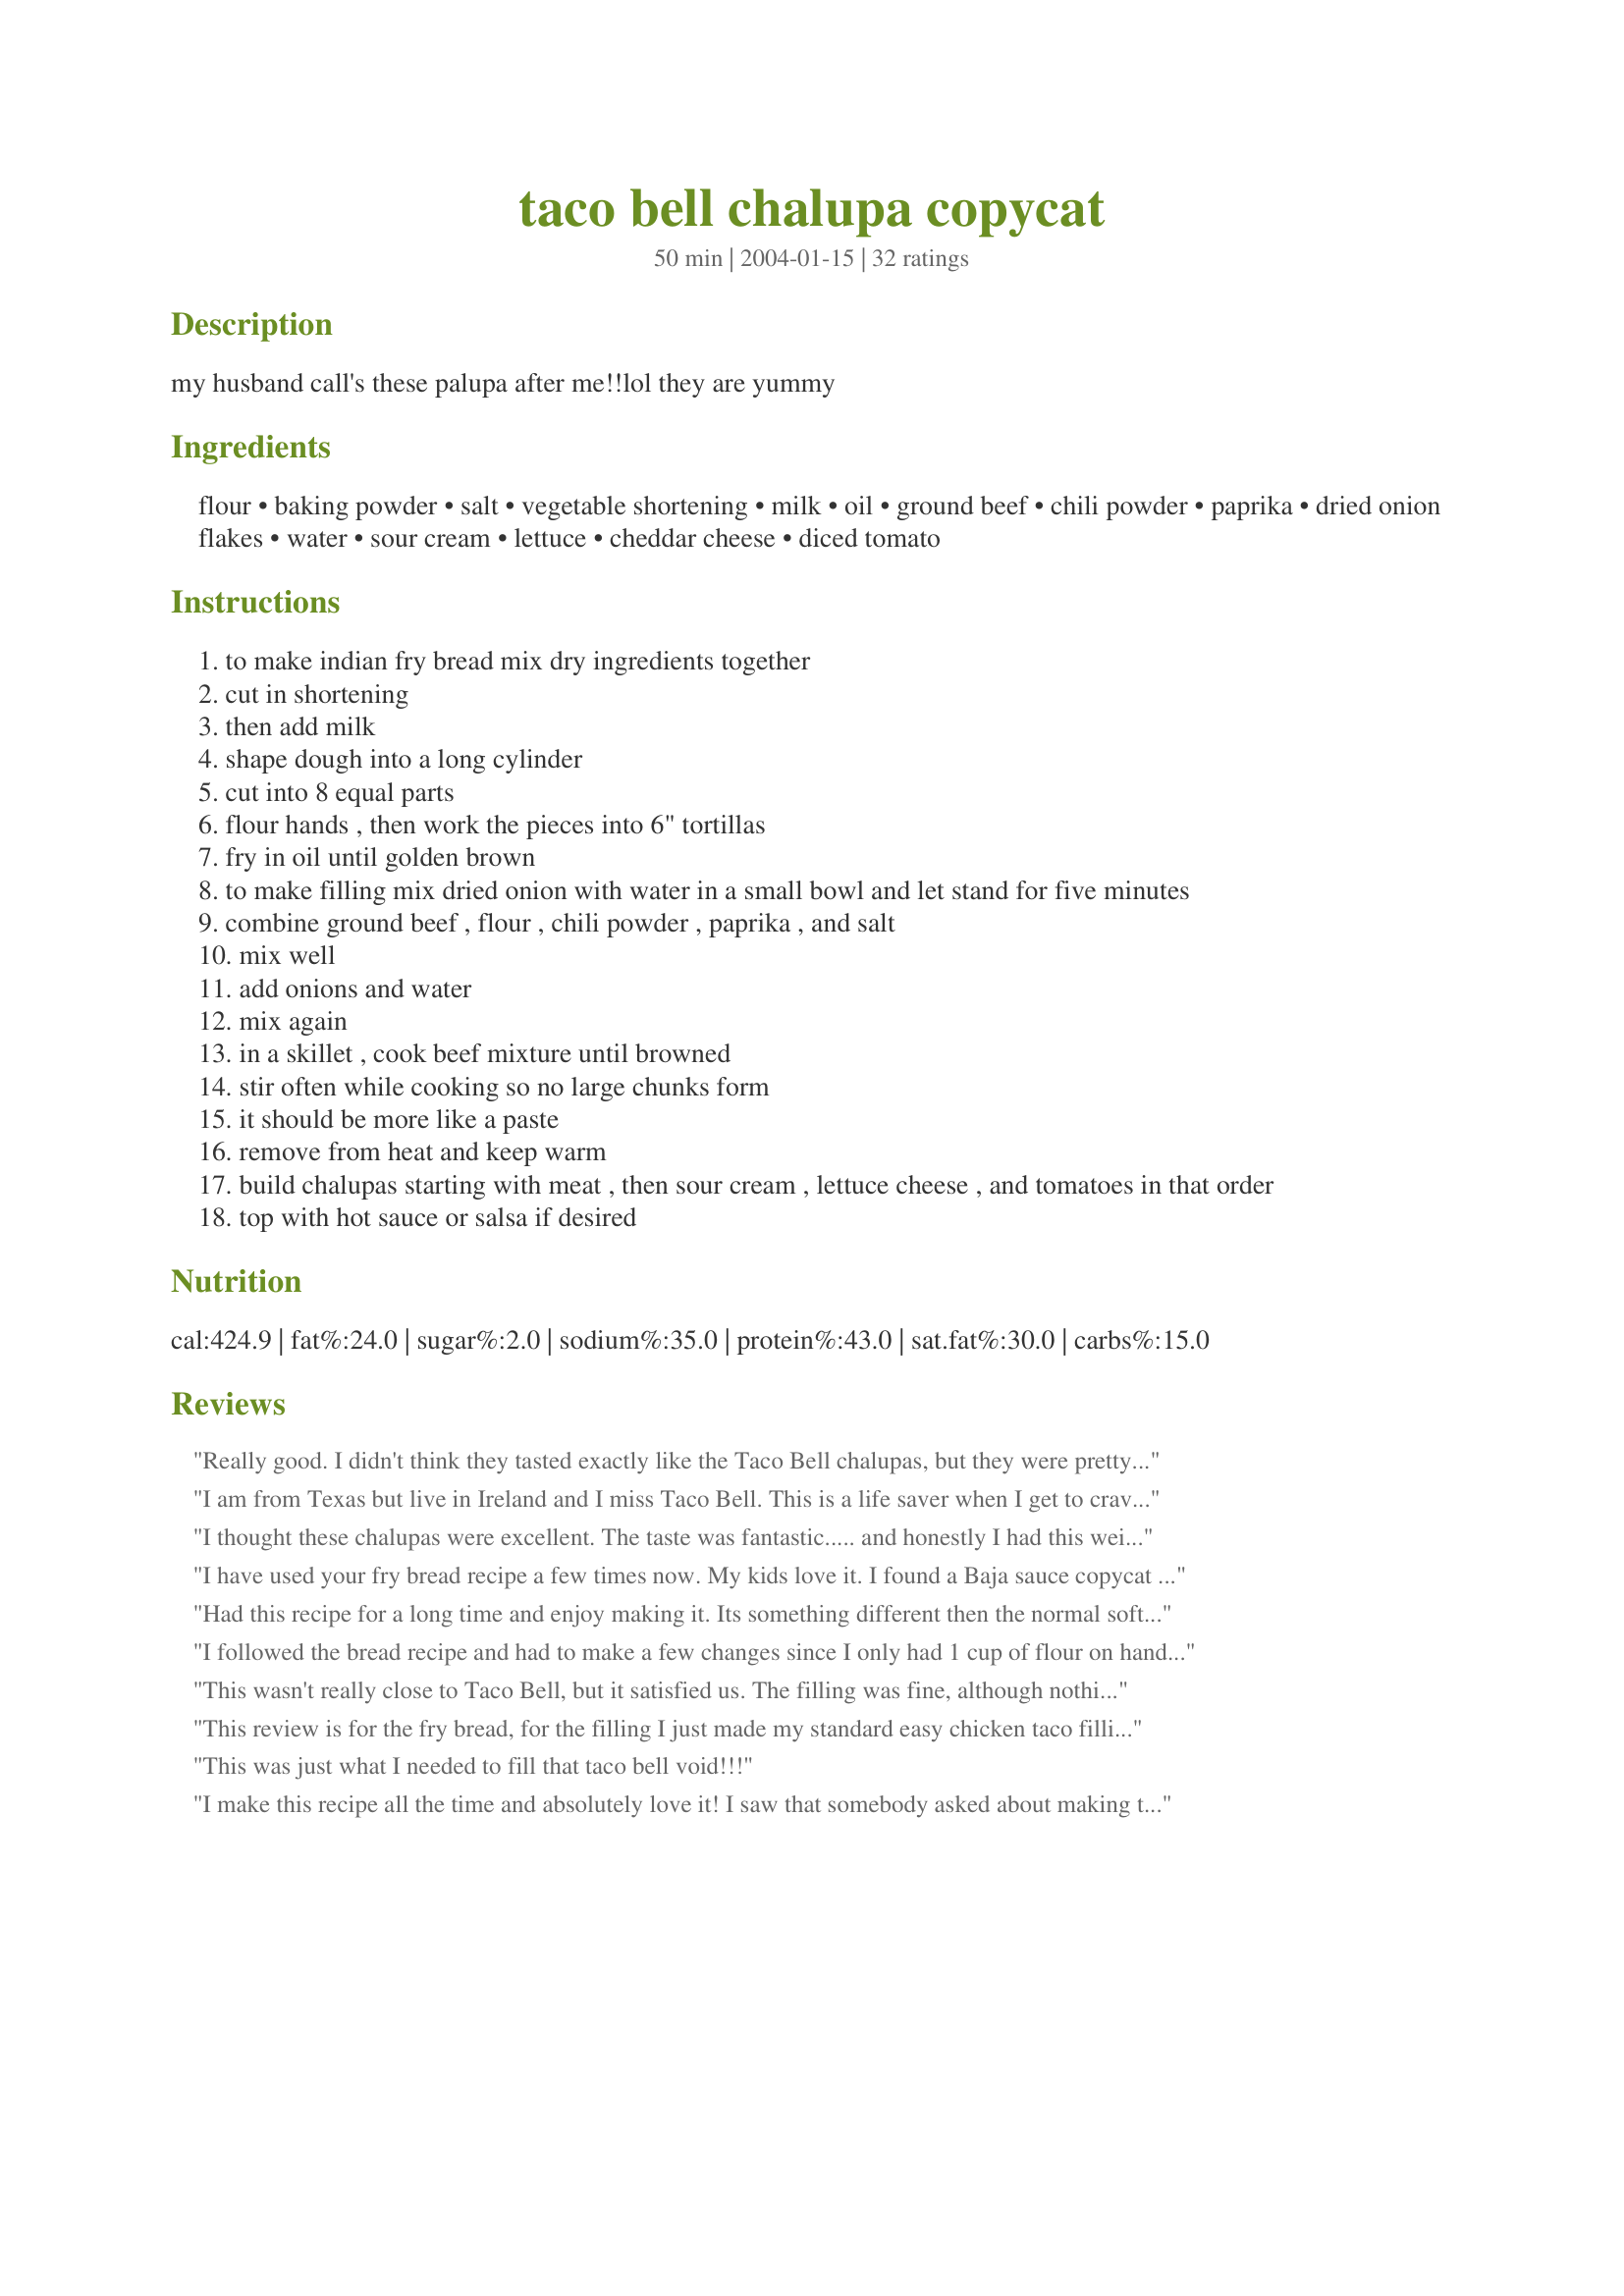
taco bell chalupa copycat
Preparation time: 50 minutes

my husband call's these palupa after me!!lol they are yummy

Ingredients:
flour, baking powder, salt, vegetable shortening, milk, oil, ground beef, chili powder, paprika, dried onion flakes, water, sour cream, lettuce, cheddar cheese, diced tomato

Steps:
to make indian fry bread mix dry ingredients together
cut in shortening
then add milk
shape dough into a long cylinder
cut into 8 equal parts
flour hands , then work the pieces into 6" tortillas
fry in oil until golden brown
to make filling mix dried onion with water in a small bowl and let stand for five minutes
combine ground beef , flour , chili powder , paprika , and salt
mix well
add onions and water
mix again
in a skillet , cook beef mixture until browned
stir often while cooking so no large chunks form
it should be more like a paste
remove from heat and keep warm
build chalupas starting with meat , then sour cream , lettuce cheese , and tomatoes in that order
top with hot sauce or salsa if desired

Reviews:
Really good. I didn't think they tasted exactly like the Taco Bell chalupas, but they were pretty fantastic. I used chicken instead - simply broiling some seasoned chicken tenders and omitting all of the beef mixture ingredients. This recipe must be combined with the Baja sauce!!! Pretty fantastic!
I am from Texas but live in Ireland and I miss Taco Bell. This is a life saver when I get to craving Taco Bell. This worked out so well and the flavors were so wonderful. My husband liked it and we even made the bread part to go with another dish. AWESOME!!
I thought these chalupas were excellent. The taste was fantastic..... and honestly I had this weird urge to make them into a sweet treat, and I hope to do that soon. They reminded me of almost a home fried short-cut doughnut. One thing that I found that was helpful for us to make them into the chalupa shape was to go ahead and sort of mold them that way, then use two utensils (we used two long spoons we had) to hold them apart just enough for the toppings.... that way we didn't wind up with tortilla that was just barely bent! Thanks for the wonderful recipe!
I have used your fry bread recipe a few times now. My kids love it. I found a Baja sauce copycat recipe on here that goes great with it.
Had this recipe for a long time and enjoy making it. Its something different then the normal soft/hard taco shells. Not quite like Taco Bell, but nice for something different.
I followed the bread recipe and had to make a few changes since I only had 1 cup of flour on hand, but they were still great! I think Taco Bell's are a bit more floury and light but it could be their frying method. I used a tong to place one side of the bread in the oil to create the well in the middle and then flipped, again all about techinique. I'm convinced that a chalupa is a glorified funnel cake because I put powdered sugar on it as a dessert and it tasted just the same:)
This wasn't really close to Taco Bell, but it satisfied us. The filling was fine, although nothing special, but it's easy to season to your own tastes. We had difficulty frying the shells into the pocket shape, but we should get better with practice. The shells had a great texture (fried for about 3 minutes on 375 degrees) and satisfying taste. We'll do this again!
This review is for the fry bread, for the filling I just made my standard easy chicken taco filling (includes cumin, garlic, taco seasoning, a little cream cheese, and lime juice).

The bread can be made easily in a bowl with a fork, no heavy duty mixing required. I cut the bread into six pieces instead of eight and rolled it out super thin on a silicone mat. It will shrink and puff in the pan.

I didn&#039;t like how the first piece tasted saturated with oil so I poured the oil out and then lightly brushed the pan with a silicone brush dipped in oil (paper towel would work too). I cooked each side about 90-120 seconds on medium heat, just keep an eye on it. The bread puffed up beautifully and tasted more like a Taco Bell gordita. The end result was amazing!

I saved the leftovers in the fridge and the bread tasted just as good reheated in the microwave the next day, it was still soft, fluffy, and pliable.
This was just what I needed to fill that taco bell void!!!
I make this recipe all the time and absolutely love it! I saw that somebody asked about making the shells a good shape--I always roll out the dough, and then put a small round container on it (i.e. a cool whip container), then trace around it with a knife. Works like a charm! Excellent recipe.
EXCELLENT! The shell tasted exactly like taco bell's chalupa. It was just what I was craving. I had to alter the recipe b/c I only had 2 cups of all purpose flour. So I used 3/4 Tablespoon of Vegetable Shortening, 3/4 Tablespoons of Baking Powder, and 3/4 cups of milk with a 1/2 teaspoon of salt. I also had to use self rising flour to bring the dough together and flour my surface with. I made sure the dough wasn't wet after kneeding and I cut my pieces while they were still a little wet. I took the advice of the other reviewer and poked holes in my tortillas with a fork. And I also took the advice of the reviewer who said to use a kabob stick. BIG HELP! They came out perfect! I can't wait to use this recipe again!
Thanks for posting this. My kids absolutely love the frybread. I like the texture of the meat mixture. We have made this many times and it makes the rotation on a regular basis.
The shells were more like an Indian fry bread than taco bells chalupa. But they tasted good.
I just made this for my family. My bread looked really bad but tasted sooooo good. I followed the direction exactly for the bread; even when it looked as though it was going to be a mess i kept going. My problem was it did not rise the way I thought it was going to or the way it looked in the picture. The shape was...well there was no real shape, certainaly not circular. Can you or anyone else give me any help with the bread.
Easy to make and very yummy!
Great recipe! I added about 1/2 tsp of cumin to the meat for a bit more flavor. We liked the meat so much, I made up a few batches of seasoning in advance for the next time the craving hits. Thanks for sharing!
Ahhh i think they came out better then taco bells
So I have honestly never made the Fry Bread yet, however I have made the supreme filling several times now and love it! This is my go-to recipe when I want a more flavorful beef mixture for tacos, burritos--you name it! Love how the ground beef mixture thickens up with the flour and spices too. Overall great! 
Also a few times I have used just regular onions that I sauteed for a few minutes instead of dried onion flakes--it works great too
Enjoyed the fried breads and the meat filling both. I did double all the seasonings to the meat, though, and added some red chili flakes as well.
I made it just as the directions state except I used Olive oil instead of Vegetable oil because that's what I had. Let's just say when dinner was done my house was quiet...they LOVED it and requested we do this every Tuesday!
These were wonderful. Well, I think they were! Everyone ate them before I could! :(
The recipe tasted great! it made a LOT, so plenty of leftovers. the only problem I had was some confusion over the recipe directions...i hope you don't mind that I edited it. The original directions had me make the dough & fry it, then the beef mixture, then repeated the directions for making the bread.

All in all, super recipe. Thanks for sharing!
Check the date on your baking powder! Make sure your grease is hot enough. Stick the end of a wooden spoon in bottom of skillet with the oil and if it makes bubbles quickly around it then oil should be hot enough!
This review is for the fried bread only. I have made this about 7 times. The bread was a hit with my family. I rolled the dough very thin and they still swelled too thick when fried. I found if I poked the dough with a fork (like when you tenderize meat), it takes the air bubbles out of the bread and you get a more uniform bread. Also, I found using a kabob stick to stab the bread and flip it like a donut makes less of a mess than spatulas, tongs, etc.
This was very tasty, but it was much harder to make the fry bread than I anticipated.
The flatbread was very easy to make, had a good flavor, but tasted nothing like Taco Bell's flatbread. It was good enough that I will make it again!
I have to wonder if the ingredients for the chalupa part is correct. I ended up with a soupy mess of flour and milk that in now way was going to become anything resembling a tortilla...even after I added more and more and more flour. Can you check the recipe please??? However, the rest of the recipe was a HIT in flour tortillas I happened to have!
I had never had a Chalupa before, but boy were these good!! I wish the instructions for the fried bread were a little more in depth as it took a lot of trial and error to get them to go the way we wanted them to! Eventually we got it down to an art and then it was great. We could not stop eating the fried bread!! I think we ate two each with no filling!!! The filling was really delicious too!
i'm sorry...we just felt like both the bread and meat filling was on the bland side. i would definately try to make the bread again w/ more seasoning.
Very happy to produce this at home. I did use philly steak instead of ground beef. Just cut it up and everything else the same. THANK YOU!
This truly is a great recipe. We've made it many, many times and it always turns out good. You can even tweek it a little bit by adding taco seasoning to the mix. It really kicks up the flavor. A+ on this one...
LOVE THIS! I love Taco Bell chalupas but these take it to the next level. The shells are harder to get into the right shape than I was expecting, but after a few tries it gets easier. I found leaving the dough to rest for an hour or two helped a lot in terms of texture. I must've made these a half dozen times in 2017 alone!
